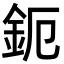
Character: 鈪